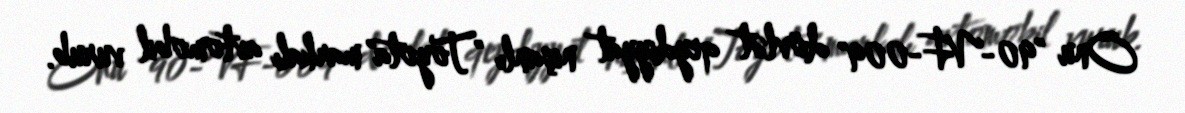
Onu "90-VF-009" dövlət qeydiyyat nişanlı "Toyota" markalı avtomobil vurub.